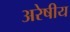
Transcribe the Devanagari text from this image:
अरेषीय